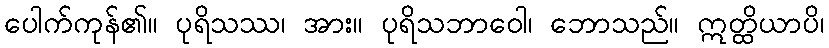
ပေါက်ကုန်၏။ ပုရိသဿ၊ အား။ ပုရိသဘာဝေါ၊ ဘောသည်။ ဣတ္ထိယာပိ၊